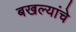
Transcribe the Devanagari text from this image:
बखल्यांचे